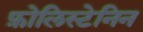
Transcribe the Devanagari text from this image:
फ़ोलिस्टेनिन